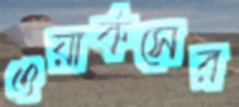
ওয়ার্কসের